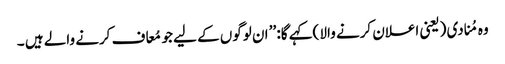
وہ مُنادی (یعنی اعلان کرنے والا )کہے گا: ’’ ان لوگوں کے لیے جو مُعاف کرنے والے ہیں ۔